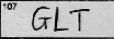
Transcription: GLT